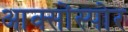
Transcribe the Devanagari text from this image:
आक्सोंस्पोर